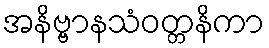
အနိဗ္ဗာနသံဝတ္တနိကာ